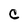
Character: C